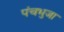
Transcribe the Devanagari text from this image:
पंचभुजा